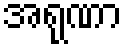
အရုဏာ